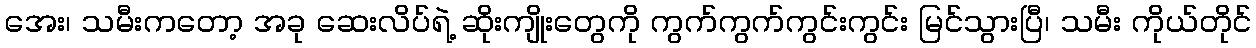
အေး၊ သမီးကတော့ အခု ဆေးလိပ်ရဲ့ ဆိုးကျိုးတွေကို ကွက်ကွက်ကွင်းကွင်း မြင်သွားပြီ၊ သမီး ကိုယ်တိုင်